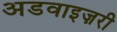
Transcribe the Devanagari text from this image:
अडवाइज़री